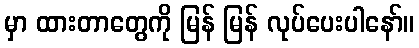
မှာ ထားတာတွေကို မြန် မြန် လုပ်ပေးပါနော်။